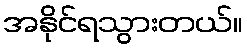
အနိုင်ရသွားတယ်။